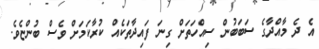
އެ ދެ މާއްދާގެ ސަބަބުން ސިއްހަތަށް ގިނަ ފައިދާތަކެއް ކުރާކަމަށް ވެސް ބުންޏެވެ.